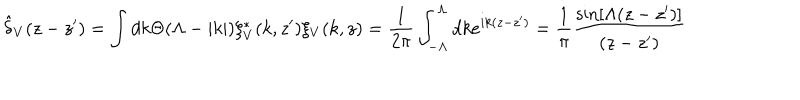
\hat { \delta } _ { V } ( z - z ^ { \prime } ) = \int d k \Theta ( \Lambda - | k | ) \xi _ { V } ^ { * } ( k , z ^ { \prime } ) \xi _ { V } ( k , z ) = \frac { 1 } { 2 \pi } \int _ { - \Lambda } ^ { \Lambda } d k e ^ { i k ( z - z ^ { \prime } ) } = \frac { 1 } { \pi } \frac { \sin [ \Lambda ( z - z ^ { \prime } ) ] } { ( z - z ^ { \prime } ) }